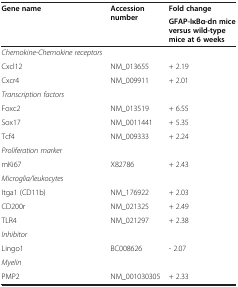
| <ROWSPAN=2> Gene name | <ROWSPAN=2> Accession number | Fold change |
 | GFAP-IκBα-dn mice versus wild-type mice at 6 weeks |
 | --- | --- | --- |
 | Chemokine-Chemokine receptors |  |  |
 | Cxcl12 | NM_013655 | + 2.19 |
 | Cxcr4 | NM_009911 | + 2.01 |
 | Transcription factors |  |  |
 | Foxc2 | NM_013519 | + 6.55 |
 | Sox17 | NM_0011441 | + 5.35 |
 | Tcf4 | NM_009333 | + 2.24 |
 | Proliferation marker |  |  |
 | mKi67 | X82786 | + 2.43 |
 | Microglia/leukocytes |  |  |
 | Itga1 (CD11b) | NM_176922 | + 2.03 |
 | CD200r | NM_021325 | + 2.49 |
 | TLR4 | NM_021297 | + 2.38 |
 | Inhibitor |  |  |
 | Lingo1 | BC008626 | - 2.07 |
 | Myelin |  |  |
 | PMP2 | NM_001030305 | + 2.33 |